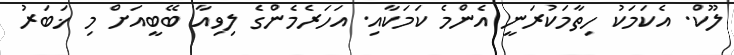
ލޫކް. އެކަމަކު ހިތާމަކުރަނީ އެންމެ ކަމަކާއި. އަހަރެމެންގެ ލިވިއާ ބޭބީއަށް މި ޚަބަރު